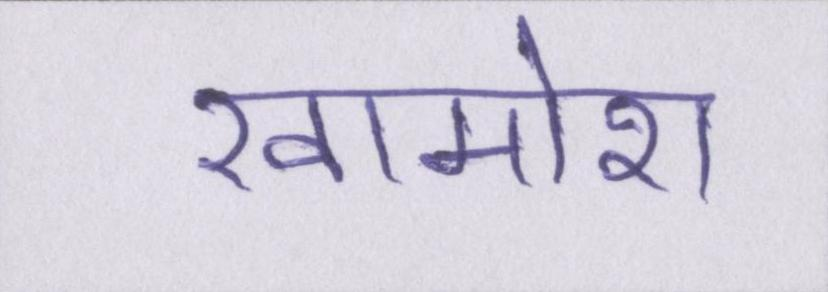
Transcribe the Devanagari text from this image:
ख़ामोश